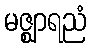
မဇ္ဈာရညံ